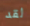
لقد